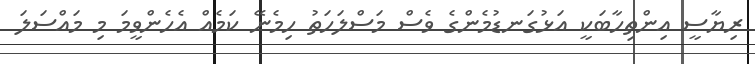
ރިޔާސީ އިންތިހާބަކީ އަޅުގަނޑުމެންގެ ވެސް މަސްލަހަތު ހިމެނޭ ކަމެއް އެހެންވީމަ މި މައްސަލަ